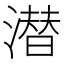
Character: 潜